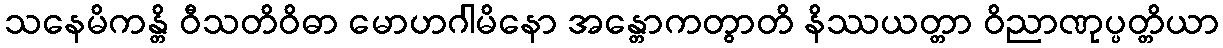
သနေမိကန္တိ ဝီသတိဝိဓာ မောဟဂါမိနော အန္တောကတွာတိ နိဿယတ္တာ ဝိညာဏုပ္ပတ္တိယာ